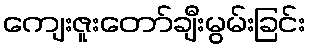
ကျေးဇူးတော်ချီးမွမ်းခြင်း